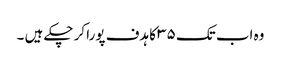
وہ اب تک ۳۵ کا ہدف پورا کر چکے ہیں ۔